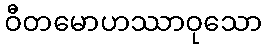
ဝီတမောဟဿာဝုသော